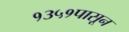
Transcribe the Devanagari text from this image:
१३५१पासून